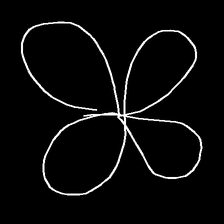
Glyph: billowing